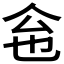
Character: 𠇜